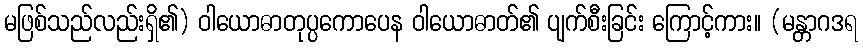
မဖြစ်သည်လည်းရှိ၏) ဝါယောဓာတုပ္ပကောပေန ဝါယောဓာတ်၏ ပျက်စီးခြင်း ကြောင့်ကား။ (မန္တာဂဒရ